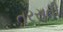
તરસતી